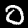
Label: 0